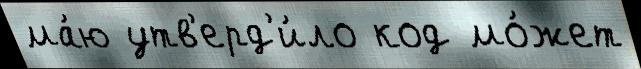
ма́ю утв'ерд'и́ло код мо́жет